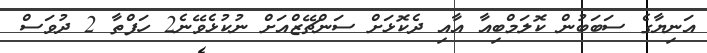
އަނިޔާގެ ސަބަބުން ކޮލަމްބިއާ އާއި ދެކޮޅަށް ސަންޗޭޒްއަށް ނުކުޅެވޭނެ2 ހަފްތާ 2 ދުވަސް